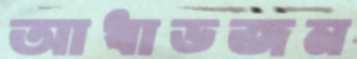
আধাডজন